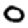
Digit: 0